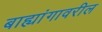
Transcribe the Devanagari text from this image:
बाह्यांगावरील